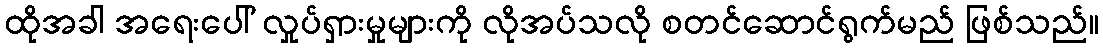
ထိုအခါ အရေးပေါ် လှုပ်ရှားမှုများကို လိုအပ်သလို စတင်ဆောင်ရွက်မည် ဖြစ်သည်။